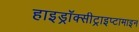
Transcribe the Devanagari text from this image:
हाइड्रॉक्सीट्राइप्टामाइन